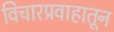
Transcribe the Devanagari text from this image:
विचारप्रवाहातून